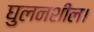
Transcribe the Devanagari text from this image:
घुलनशील।